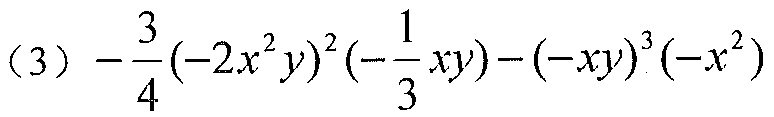
(3) \(-\frac{3}{4}(-2x^{2}y)^{2}\left(-\frac{1}{3}xy\right)-(-xy)^{3}(-x^{2})\)